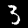
Label: 3